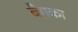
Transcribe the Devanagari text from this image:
बैगका